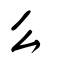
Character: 么